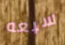
سبعه